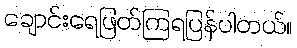
ချောင်းရေဖြတ်ကြရပြန်ပါတယ်။